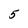
Character: 5